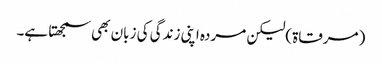
(مرقاۃ)لیکن مردہ اپنی زندگی کی زبان بھی سمجھتا ہے۔